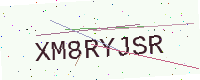
Text: XM8RYJSR